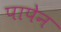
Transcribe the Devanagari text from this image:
पापेन